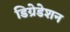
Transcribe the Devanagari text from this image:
डिग्रेडेशन